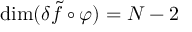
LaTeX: \mathrm { d i m } ( \delta \tilde { f } \circ \varphi ) = N - 2